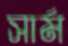
সার্ম